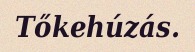
Tőkehúzás.